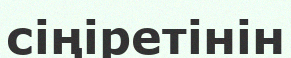
сіңіретінін